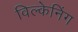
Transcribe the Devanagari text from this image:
विल्केनिंग